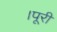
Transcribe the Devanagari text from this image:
।पूरी